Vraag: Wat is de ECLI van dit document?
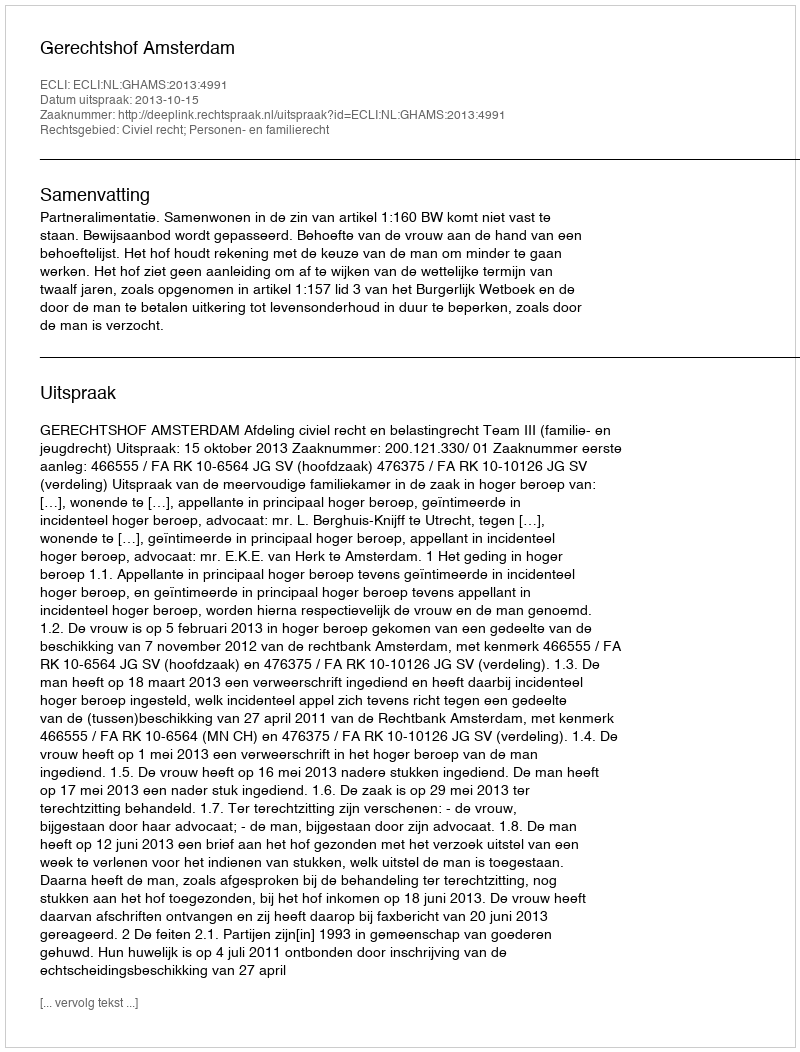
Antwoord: ECLI:NL:GHAMS:2013:4991